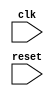
module axi_timing_control_and_synchronization(
    input wire clk,
    input wire reset,
    // Add input and output ports as needed for data transfer timing requirements and handshake signals
);

    // Add Verilog code for timing control and synchronization logic here

endmodule